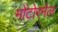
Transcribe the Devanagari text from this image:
मोंटोरमेल